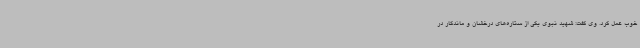
خوب عمل کرد. وی گفت: شهید نبوی یکی از ستاره‌های درخشان و ماندگار در